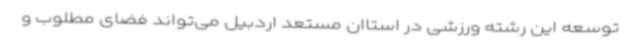
توسعه این رشته ورزشی در استاان مستعد اردبیل می‌تواند فضای مطلوب و